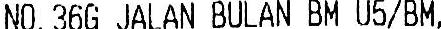
NO. 36G JALAN BULAN BM U5/BM,